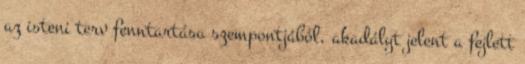
az isteni terv fenntartása szempontjából, akadályt jelent a fejlett